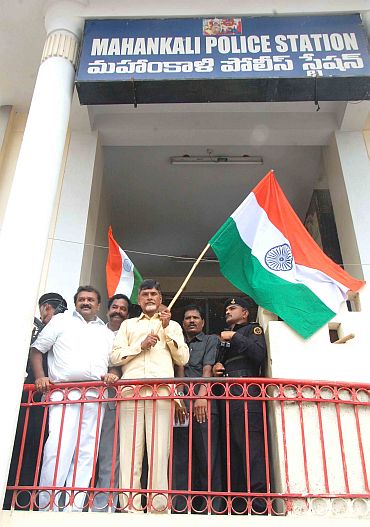
Language: telugu
Transcription: మహంకాళి పోలీస్ స్టేషన్